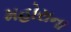
મહોરાના